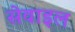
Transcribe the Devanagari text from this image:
सेवाइल